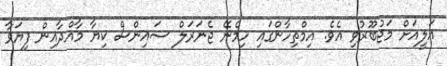
އަލީއަށް މަޖުބޫރުވި އެވެ. އިމްތިހާންގައި ހިމެނޭ ޖެނަރަލް ސައިންސް ކިޔާ މާއްދާއިން ފިޔަވާ